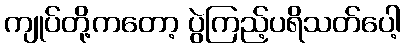
ကျုပ်တို့ကတော့ ပွဲကြည့်ပရိသတ်ပေါ့